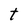
Character: t